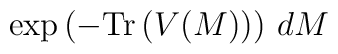
\exp\left(-{\rm Tr}\left(V(M)\right)\right)\, dM